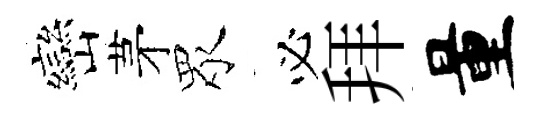
巒茅眾必拜量